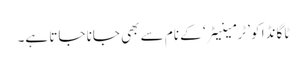
ٹاگانڈا کو ’ٹرمینیٹر‘ کے نام سے بھی جانا جاتا ہے۔